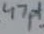
Text: 47pf